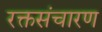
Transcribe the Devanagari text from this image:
रक्तसंचारण